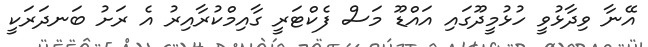
އޭނާ ވިދާޅުވީ ހުޅުމީދޫގައި އައްޑޫ މަސް ފެކްޓަރީ ގާއިމްކުރާއިރު އެ ރަށު ބަނދަރަކީ